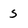
Character: s